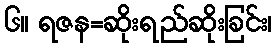
၆။ ရဇန=ဆိုးရည်ဆိုးခြင်း၊